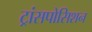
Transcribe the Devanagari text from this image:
ट्रांसपोसिशन